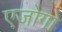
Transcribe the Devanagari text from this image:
एजोगो